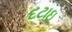
દટાઇ